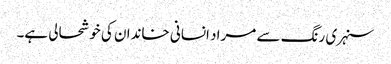
سنہری رنگ سے مراد انسانی خاندان کی خوشحالی ہے۔